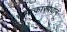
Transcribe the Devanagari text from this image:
चमत्कारप्रधान